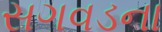
સગવડના